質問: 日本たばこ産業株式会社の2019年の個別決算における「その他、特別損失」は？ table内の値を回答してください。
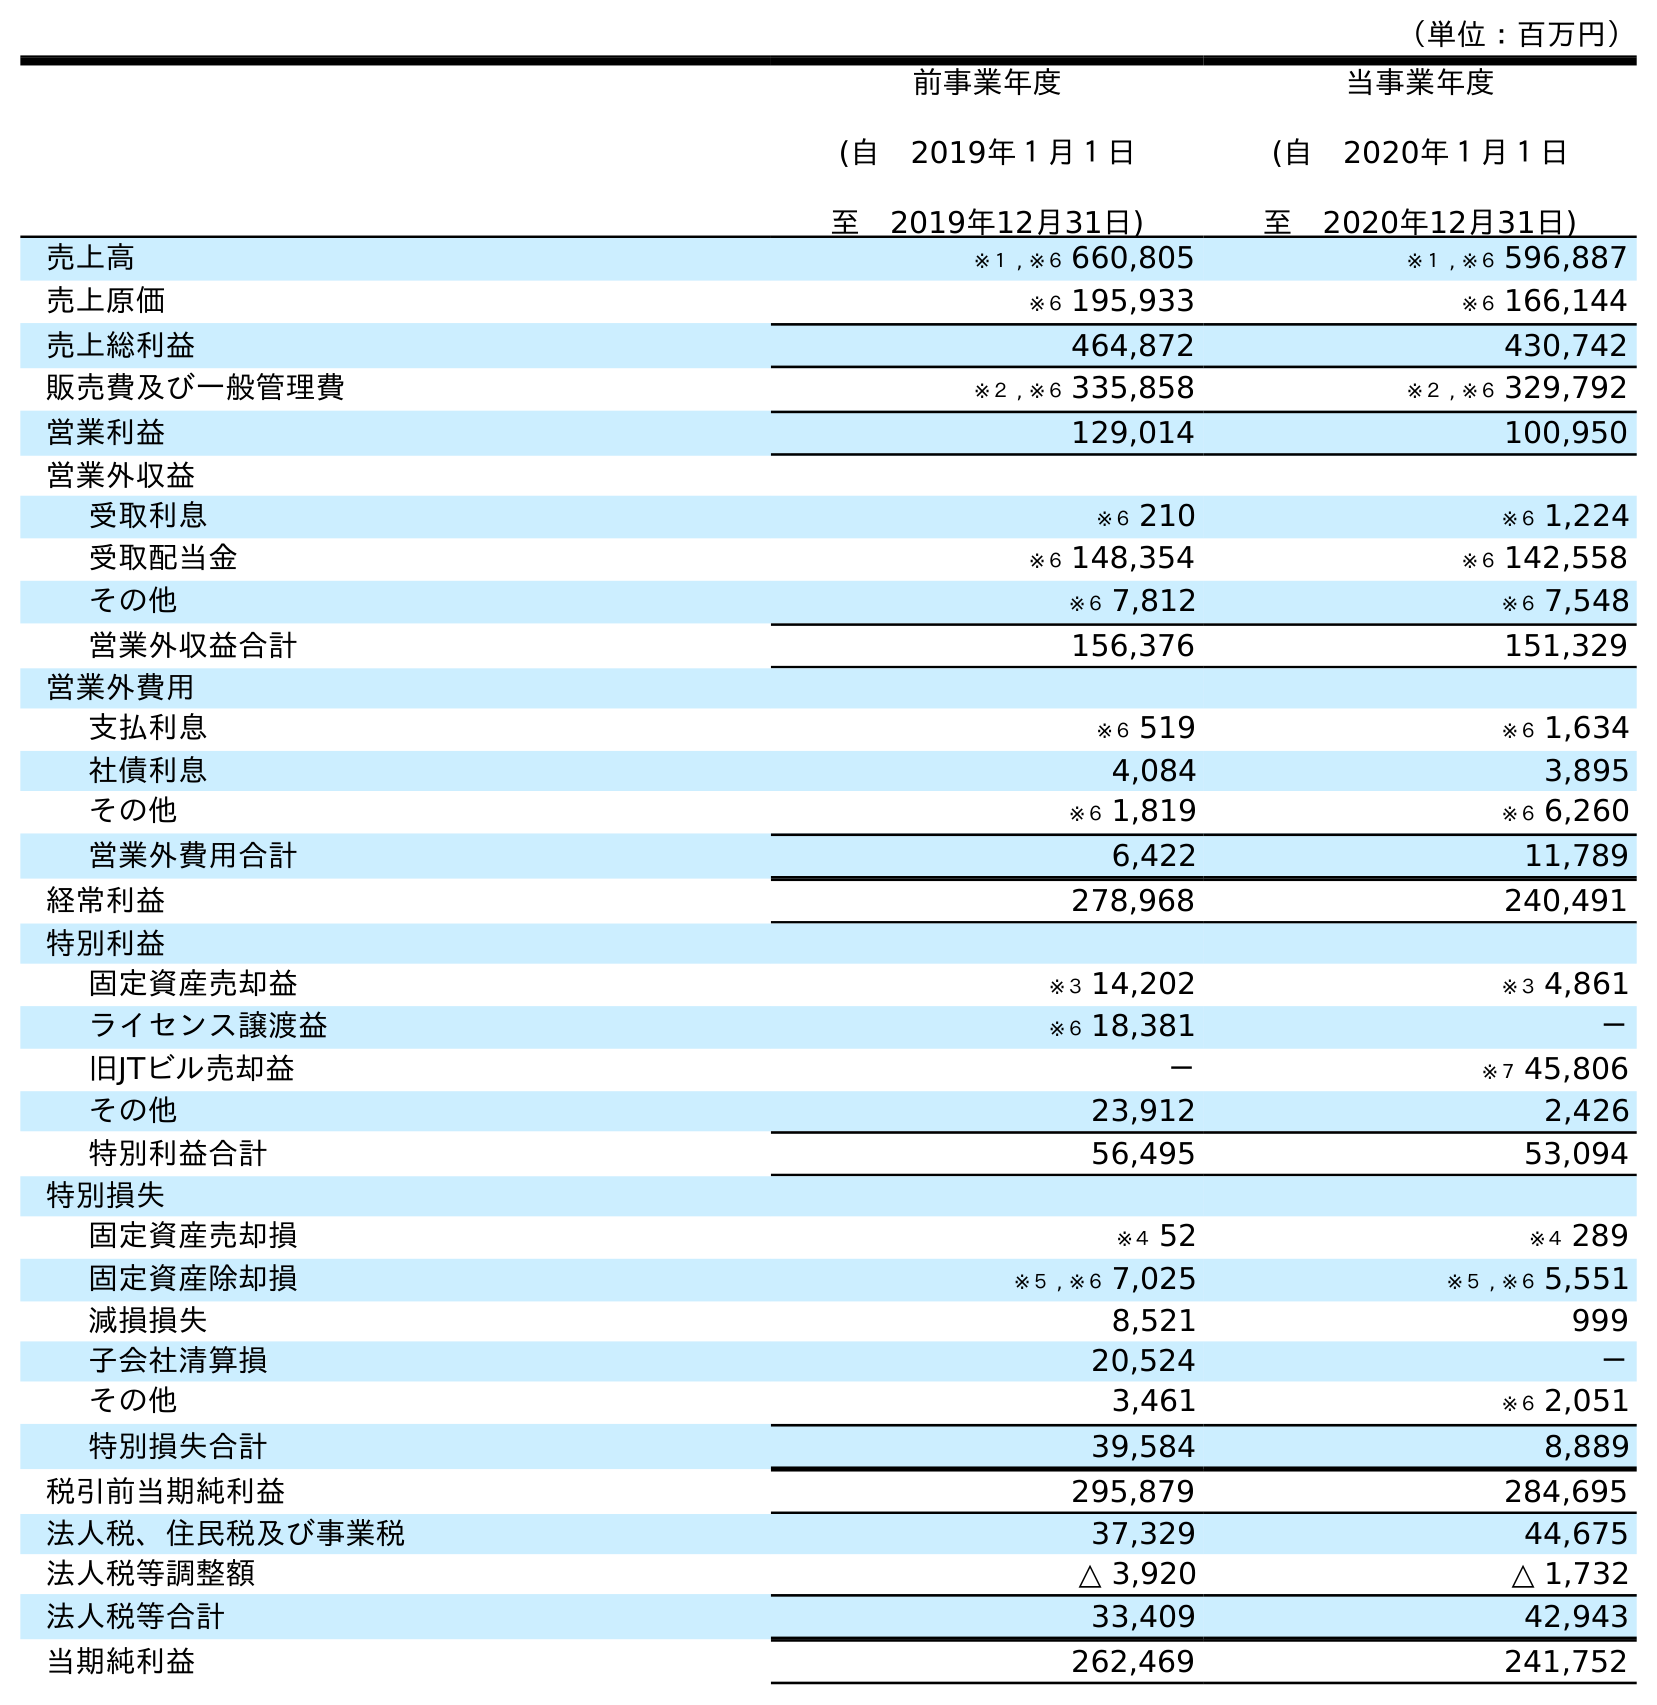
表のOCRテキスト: （単位：百万円） 前事業年度 (自 2019年１月１日 至 2019年12月31日) 当事業年度 (自 2020年１月１日 至 2020年12月31日) 売上高 ※１ , ※６ 660,805 ※１ , ※６ 596,887 売上原価 ※６ 195,933 ※６ 166,144 売上総利益 464,872 430,742 販売費及び一般管理費 ※２ , ※６ 335,858 ※２ , ※６ 329,792 営業利益 129,014 100,950 営業外収益 受取利息 ※６ 210 ※６ 1,224 受取配当金 ※６ 148,354 ※６ 142,558 その他 ※６ 7,812 ※６ 7,548 営業外収益合計 156,376 151,329 営業外費用 支払利息 ※６ 519 ※６ 1,634 社債利息 4,084 3,895 その他 ※６ 1,819 ※６ 6,260 営業外費用合計 6,422 11,789 経常利益 278,968 240,491 特別利益 固定資産売却益 ※３ 14,202 ※３ 4,861 ライセンス譲渡益 ※６ 18,381 － 旧JTビル売却益 － ※７ 45,806 その他 23,912 2,426 特別利益合計 56,495 53,094 特別損失 固定資産売却損 ※４ 52 ※４ 289 固定資産除却損 ※５ , ※６ 7,025 ※５ , ※６ 5,551 減損損失 8,521 999 子会社清算損 20,524 － その他 3,461 ※６ 2,051 特別損失合計 39,584 8,889 税引前当期純利益 295,879 284,695 法人税、住民税及び事業税 37,329 44,675 法人税等調整額 △ 3,920 △ 1,732 法人税等合計 33,409 42,943 当期純利益 262,469 241,752
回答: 3,461